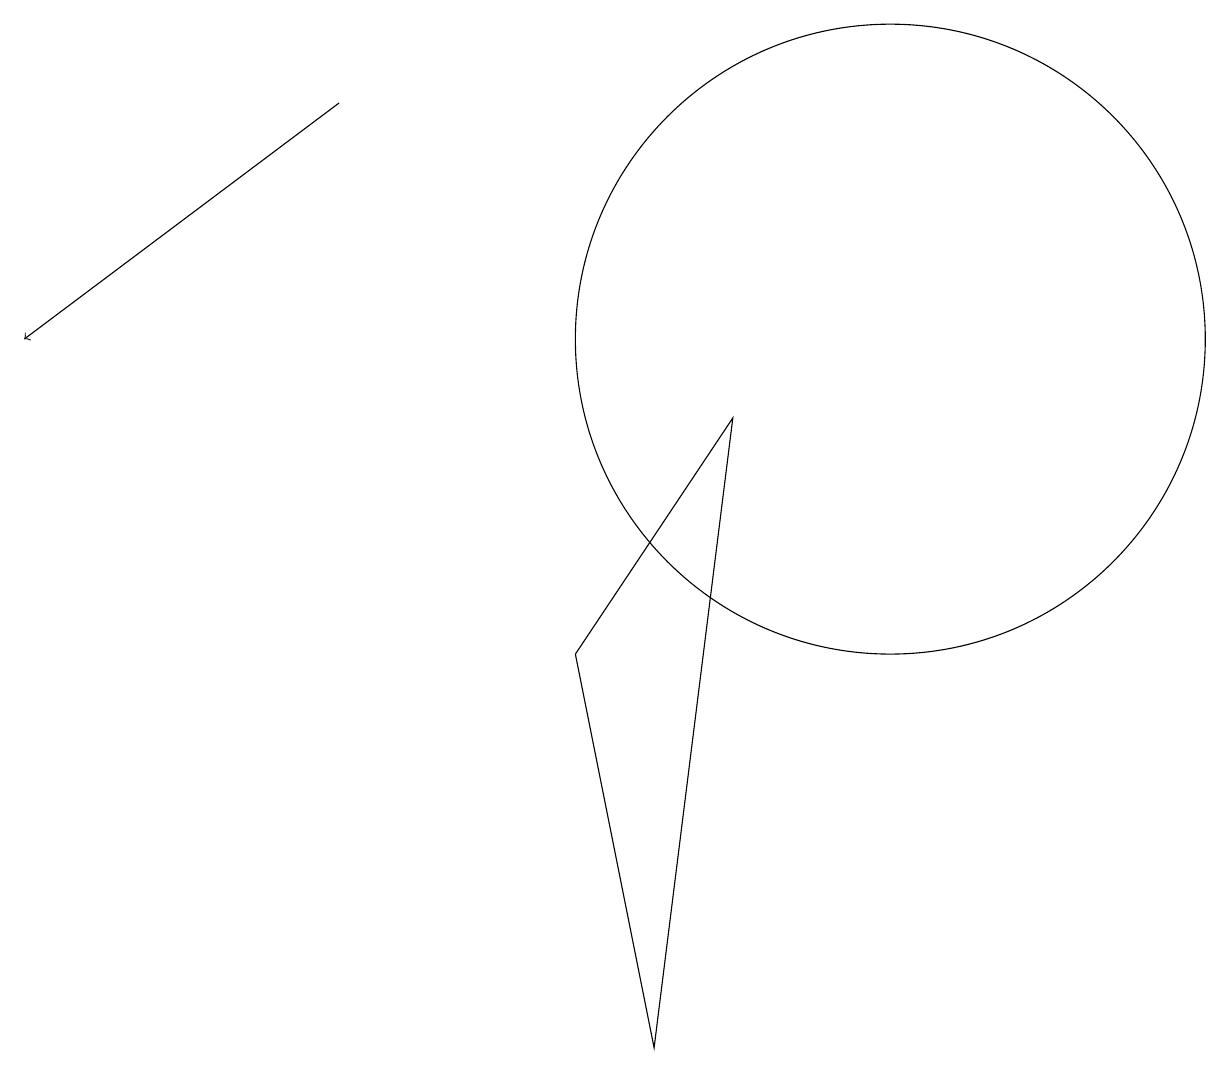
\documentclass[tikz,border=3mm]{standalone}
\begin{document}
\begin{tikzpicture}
\draw (11,10) circle (4);
\draw (9,9) -- (8,1) -- (7,6) -- cycle;
\draw[->] (4,13) -- (0,10);
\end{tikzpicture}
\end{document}